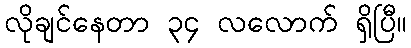
လိုချင်နေတာ ၃၄ လလောက် ရှိပြီ။